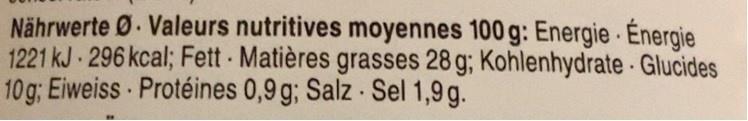
Nährwerte Ø. Valeurs nutritives moyennes 100 g: Energie Énergie 1221 kJ 296 kcal; Fett Matières grasses 28 g; Kohlenhydrate Glucides 10 g; Eiweiss Protéines 0,9 g; Salz Sel 1,9 g.